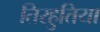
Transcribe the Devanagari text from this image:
तिरहुतिया